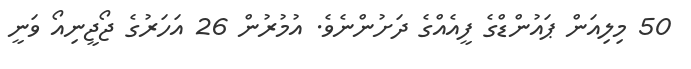
50 މިލިއަން ޕައުންޑްގެ ފީއެއްގެ ދަށުންނެވެ. އުމުރުން 26 އަހަރުގެ ޖޯޖީނިއޯ ވަނީ